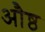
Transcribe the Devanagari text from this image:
औष्ठ